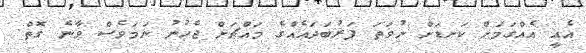
އެއީ އެއްގަމަށް ކަނޑަށް ނުވަތަ ފަރުބަދައެއްގެ މައްޗަށް ޖެހުނު ނަމަވެސް ވާނެ ގޮތް.